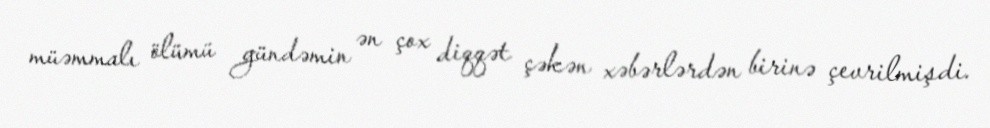
müəmmalı ölümü gündəmin ən çox diqqət çəkən xəbərlərdən birinə çevrilmişdi.